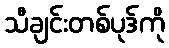
သီချင်းတစ်ပုဒ်ကို